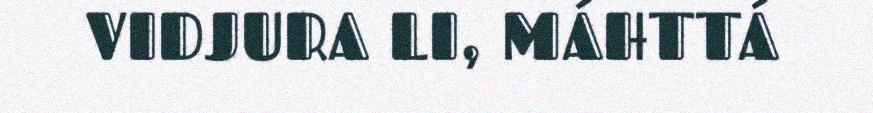
VIDJURA LI, MÁHTTÁ